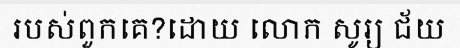
របស់ពួកគេ?ដោយ លោក សូរ្យ ជ័យ